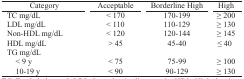
<table><thead><tr><td><b>Category</b></td><td><b>Acceptable</b></td><td><b>Borderline High</b></td><td><b>High</b></td></tr></thead><tbody><tr><td>TC mg/dL</td><td>&lt; 170</td><td>170-199</td><td>≥ 200</td></tr><tr><td>LDL mg/dL</td><td>&lt; 110</td><td>110-129</td><td>≥ 130</td></tr><tr><td>Non-HDL mg/dL</td><td>&lt; 120</td><td>120-144</td><td>≥ 145</td></tr><tr><td>HDL mg/dL</td><td>&gt; 45</td><td>45-40</td><td>≤ 40</td></tr><tr><td>TG mg/dL</td><td></td><td></td><td></td></tr><tr><td>&lt; 9 y10-19 y</td><td>&lt; 75&lt; 90</td><td>75-9990-129</td><td>≥ 100≥ 130</td></tr></tbody></table>